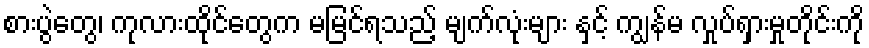
စားပွဲတွေ၊ ကုလားထိုင်တွေက မမြင်ရသည့် မျက်လုံးများ နှင့် ကျွန်မ လှုပ်ရှားမှုတိုင်းကို